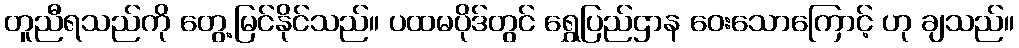
တူညီရသည်ကို တွေ့မြင်နိုင်သည်။ ပထမပိုဒ်တွင် ရွှေပြည်ဌာန ဝေးသောကြောင့် ဟု ချသည်။